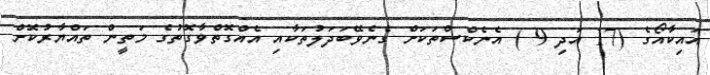
އައިކާއޯގެ (17 އަދި 9 ) އެނެކްސްތަކަށް ގެނެވޭބަދަލުތަކާއި އެއްގޮތްވާގޮތުގެ މަތީން ތައްޔާރުކޮށް